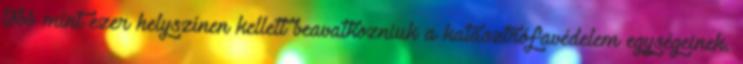
több mint ezer helyszínen kellett beavatkozniuk a katasztrófavédelem egységeinek.